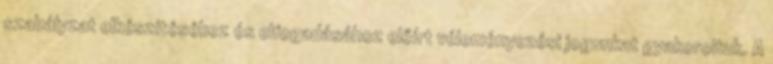
szabályzat elkészítéséhez és elfogadásához előírt véleményezési jogunkat gyakoroltuk. A